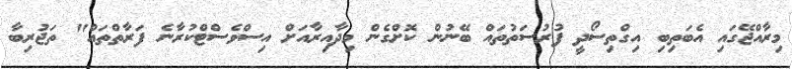
މިރާއްޖޭގައި އެބަތިބި އިގްތިސޯދީ ފުރުސަތުތައް ބޭނުން ކޮށްގެން މިދާއިރާއަށް އިސްވެސްޓްކުރާނެ ފަރާތްތައް" ތަޖުރިބާ